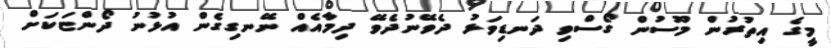
މީގެ އިތުރުން މޫސުން ގޯސްވި ދަނޑިވަޅު ދެވޭނުދެވޭ ދިމާއެއް ނޭނގިގެން އުޅުނު ދޯންޏަކަށް